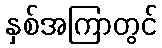
နှစ်အကြာတွင်